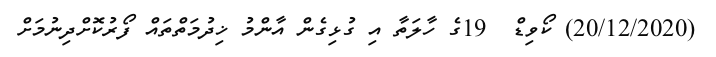
(20/12/2020) ކޯވިޑް  19ގެ ހާލަތާ އި ގުޅިގެން އާންމު ޚިދުމަތްތައް ފޯރުކޮށްދިނުމަށް